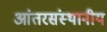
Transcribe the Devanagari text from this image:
आंतरसंस्थानीय